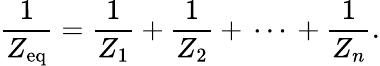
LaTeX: {\frac{1}{Z_{\mathrm{eq}}}}={\frac{1}{Z_{1}}}+{\frac{1}{Z_{2}}}+\, \cdots\, +{\frac{1}{Z_{n}}}.